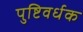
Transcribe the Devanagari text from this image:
पुष्टिवर्धक